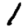
Digit: 1